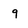
Character: g